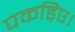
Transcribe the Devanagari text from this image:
पकड़िए।